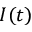
I ( t )